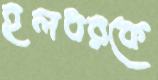
হলধরকে